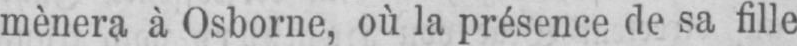
mènera à Osborne, où la présence de sa fille